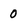
Character: 0